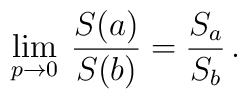
\lim_{p\to 0} \: \frac{S(a)}{S(b)} = \frac{S_a}{S_b} \, .